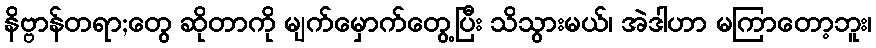
နိဗ္ဗာန်တရာ;တွေ ဆိုတာကို မျက်မှောက်တွေ့ပြီး သိသွားမယ်၊ အဲဒါဟာ မကြာတော့ဘူး၊